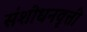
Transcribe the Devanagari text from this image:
संशोधनवृत्ती